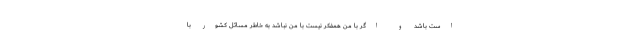
است باشد و اگر با من همفکر نیست با من نباشد به خاطر مسائل کشور با